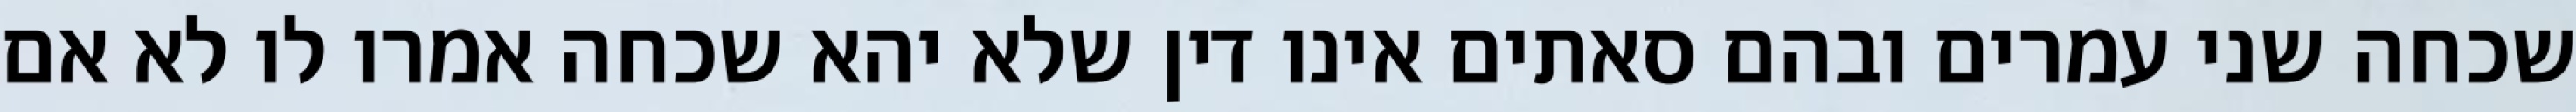
שכחה שני עמרים ובהם סאתים אינו דין שלא יהא שכחה אמרו לו לא אם